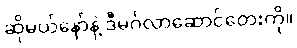
ဆိုမယ်နော်နဲ့ ဒီမင်္ဂလာဆောင်တေးကို။